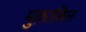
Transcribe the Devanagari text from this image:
मुक़ाबिल